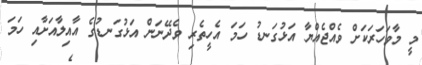
މީ މާވަހަރަކަށް ވެއްޖެއްޔާ އަޅުގަނޑު ހަމަ އެހީތެރި ވެދޭނަން އަޅުގަނޑުގެ އާއިލާއަށާއި ހަމަ